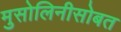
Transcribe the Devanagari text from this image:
मुसोलिनीसोबत